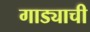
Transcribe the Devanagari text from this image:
गाड्याची